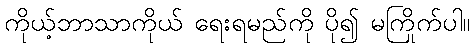
ကိုယ့်ဘာသာကိုယ် ရေးရမည်ကို ပို၍ မကြိုက်ပါ။